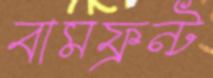
বামফ্রন্ট